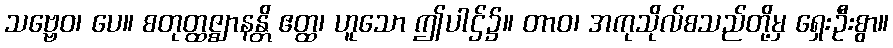
သဗ္ဗေဝ၊ ပေ။ စတုတ္ထဇ္ဈာနန္တိ ဧတ္ထ၊ ဟူသော ဤပါဌ်၌။ တာဝ၊ အကုသိုလ်စသည်တို့မှ ရှေးဦးစွာ။